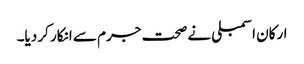
ارکان اسمبلی نے صحت جرم سے انکار کر دیا۔